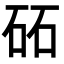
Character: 砳